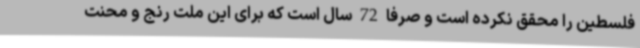
فلسطین را محقق نکرده است و صرفا 72 سال است که برای این ملت رنج و محنت